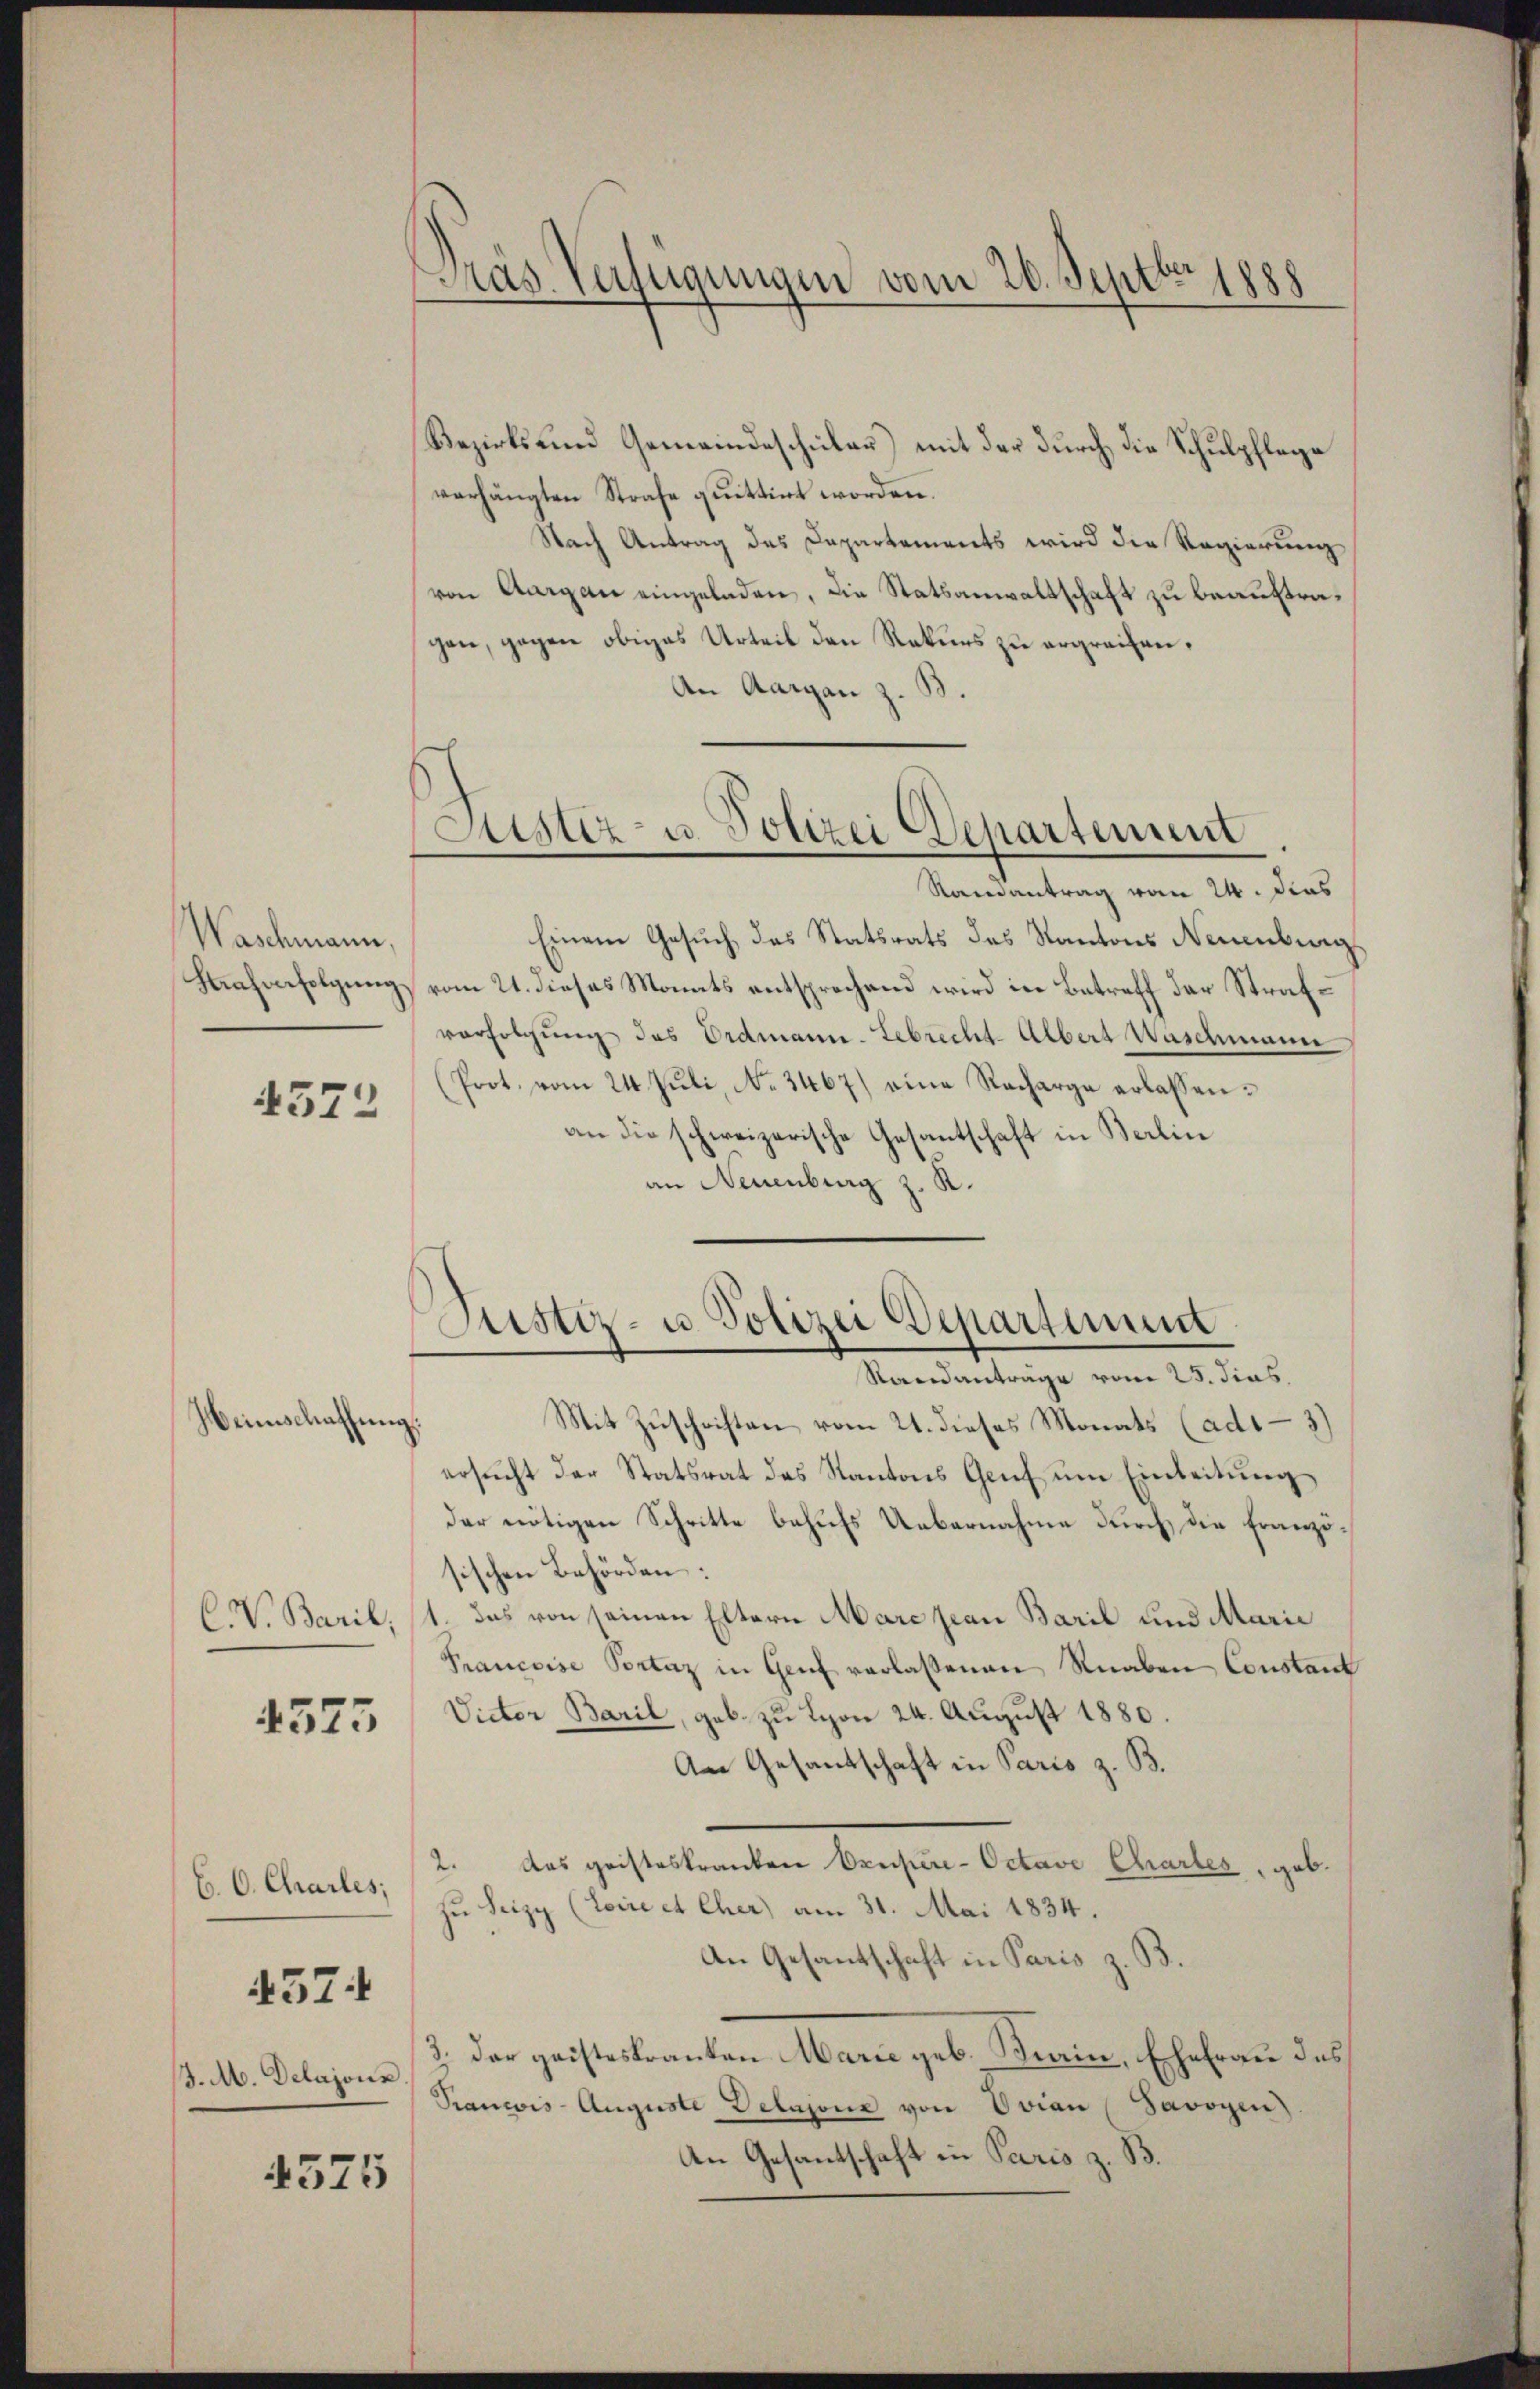
Waschmann,
Strafverfolgung.

4372

Weinschaffung.
C. V. Baril

4575

C. C. Charles;

457

J. M. Delajonz

4575

Präs. Verfügungen vom 20. Septbr. 1888

Rezirks und Gemeindeschüler) mit der durch die Schulpflege
verhängten Strafe quittirt worden.
Nach Antrag des Dapartements wird die Regierung
von Aargau eingeladen, die Statsanwaltschaft zu beauftragen, gegen obiges Urteil den Rekurs zu ergreifen,
An Aargau z. B.
Samantrag vom 24. Das
Einem Gesuch das Statsrats des Kantons Neuenburg
vom 21. dieses Monats entsprechend wird in Betreff der Strafvorfolgung das Erdmann-Lebrecht-Albert Waschmann
(Prot. vom 24. Juli, No. 3467) eine Recharge erlassen:
an die schweizerische Gesantschaft in Berlin
an Neuenburg z. K.
Justiz- u. Polizei Departement
Standanträge vom 25. Jins.
Mit Zuschriften vom 21. dieses Monats (ad13)
ersucht der Statsrat des Kantons Genf um Einleitung
der nötigen Schritte behufs Uebernahme durch die Französischen Behörden:
1. Das von seinen Eltern Marc jean Baril und Marie
Francoise Portaz in Genf verlassenen Knaben Constant
Victor Baril, geb. zu Lyon 24. August 1880.
An Gesantschaft in Paris z. B.
2. das geisteskranken Oxupere-Octave Chartes, geb.
zu Seizy (Loire et Cher) am 31. Mai 1834.
An Gesantschaft in Paris z. B.
3. Der geisteskranken Marn geb. Krain, Ehefrau des
Rancis- Auguste Delajone von Ovian Savoyen)
An Gesantschaft in Paris z. B.

Justiz- u. Polizei Departement